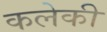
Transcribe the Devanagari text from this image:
कलेकी